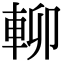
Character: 𨋖